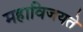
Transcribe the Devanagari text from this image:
महाविजयते